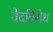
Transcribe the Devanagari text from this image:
वेदविरोध